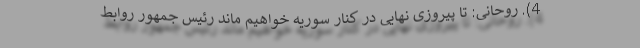
4). روحانی: تا پیروزی نهایی در کنار سوریه خواهیم ماند رئیس جمهور روابط